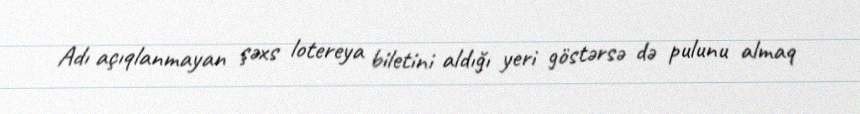
Adı açıqlanmayan şəxs lotereya biletini aldığı yeri göstərsə də pulunu almaq